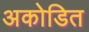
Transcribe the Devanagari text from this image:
अकोडित